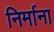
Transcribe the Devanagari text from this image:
निर्माना